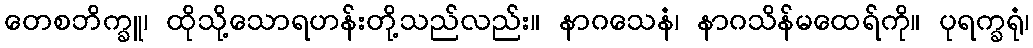
တေစဘိက္ခူ၊ ထိုသို့သောရဟန်းတို့သည်လည်း။ နာဂသေနံ၊ နာဂသိန်မထေရ်ကို။ ပုရက္ခရုံ၊